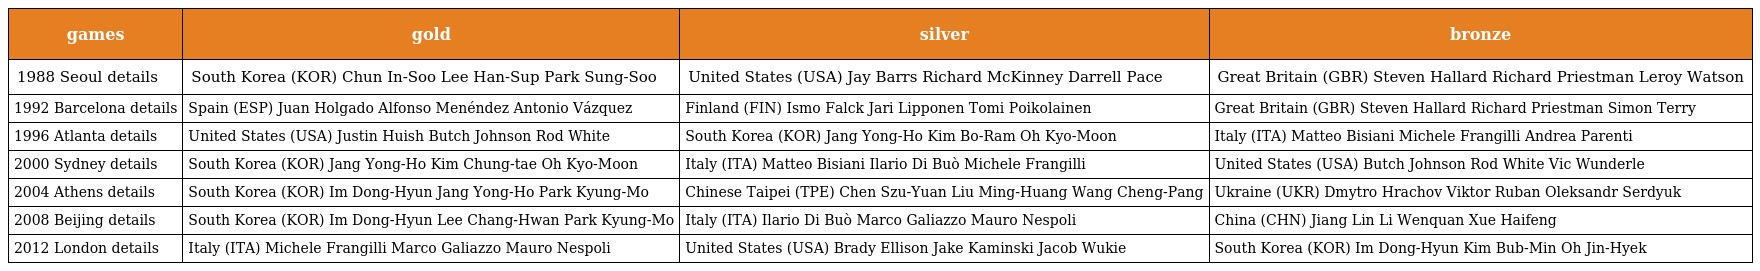
| games | gold | silver | bronze |
 | --- | --- | --- | --- |
 | 1988 Seoul details | South Korea (KOR) Chun In-Soo Lee Han-Sup Park Sung-Soo | United States (USA) Jay Barrs Richard McKinney Darrell Pace | Great Britain (GBR) Steven Hallard Richard Priestman Leroy Watson |
 | 1992 Barcelona details | Spain (ESP) Juan Holgado Alfonso Menéndez Antonio Vázquez | Finland (FIN) Ismo Falck Jari Lipponen Tomi Poikolainen | Great Britain (GBR) Steven Hallard Richard Priestman Simon Terry |
 | 1996 Atlanta details | United States (USA) Justin Huish Butch Johnson Rod White | South Korea (KOR) Jang Yong-Ho Kim Bo-Ram Oh Kyo-Moon | Italy (ITA) Matteo Bisiani Michele Frangilli Andrea Parenti |
 | 2000 Sydney details | South Korea (KOR) Jang Yong-Ho Kim Chung-tae Oh Kyo-Moon | Italy (ITA) Matteo Bisiani Ilario Di Buò Michele Frangilli | United States (USA) Butch Johnson Rod White Vic Wunderle |
 | 2004 Athens details | South Korea (KOR) Im Dong-Hyun Jang Yong-Ho Park Kyung-Mo | Chinese Taipei (TPE) Chen Szu-Yuan Liu Ming-Huang Wang Cheng-Pang | Ukraine (UKR) Dmytro Hrachov Viktor Ruban Oleksandr Serdyuk |
 | 2008 Beijing details | South Korea (KOR) Im Dong-Hyun Lee Chang-Hwan Park Kyung-Mo | Italy (ITA) Ilario Di Buò Marco Galiazzo Mauro Nespoli | China (CHN) Jiang Lin Li Wenquan Xue Haifeng |
 | 2012 London details | Italy (ITA) Michele Frangilli Marco Galiazzo Mauro Nespoli | United States (USA) Brady Ellison Jake Kaminski Jacob Wukie | South Korea (KOR) Im Dong-Hyun Kim Bub-Min Oh Jin-Hyek |